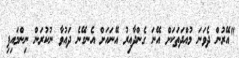
"އޭރުން ދެވަނަ މުއްދަތަކަށް އޭނަ ގެންދާއިރު އޭނައަށް އެނގޭނެ ދައުވާ ނުކުރަން ނިންމައިފި